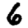
Digit: 6